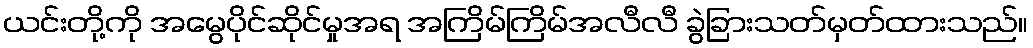
ယင်းတို့ကို အမွေပိုင်ဆိုင်မှုအရ အကြိမ်ကြိမ်အလီလီ ခွဲခြားသတ်မှတ်ထားသည်။